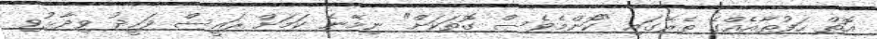
އޮތް ހަފުތާއެއްގެ ތެރޭގައި "ކޮންމެވެސް ގޮތަކަށް" ނިމޭނެ ކަމަށް ރައީސް ވަހީދު ވިދާޅުވި